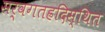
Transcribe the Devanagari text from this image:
सर्वगतह्रदिस्थित